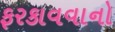
ફરકાવવાનો